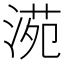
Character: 𣸱